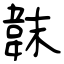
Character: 韎